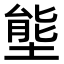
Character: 𭏙